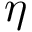
\eta